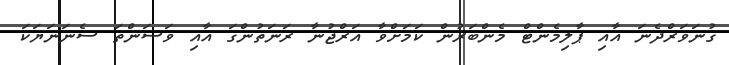
ގުނަވަރްދެނަ އާއި ޕާލިމެންޓް މެންބަރުން ކަމަށްވާ އަރްޖުނާ ރަނަތުންގަ އާއި ވަސަންތަ ސެނަނަޔަކަ